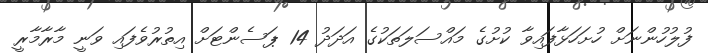
ފުލުހުންނަށް ހުށަހަޅާފައިވާ ކުށުގެ މައްސަލަތަކުގެ އަދަދު 14 ޕަސެންޓަށް އިތުރުވެފައި ވަނީ މާރާމާރީ